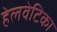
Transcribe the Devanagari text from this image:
हेलवेटिका